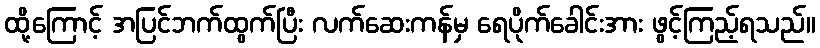
ထို့ကြောင့် အပြင်ဘက်ထွက်ပြီး လက်ဆေးကန်မှ ရေပိုက်ခေါင်းအား ဖွင့်ကြည့်ရသည်။